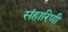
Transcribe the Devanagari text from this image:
संहारिणी